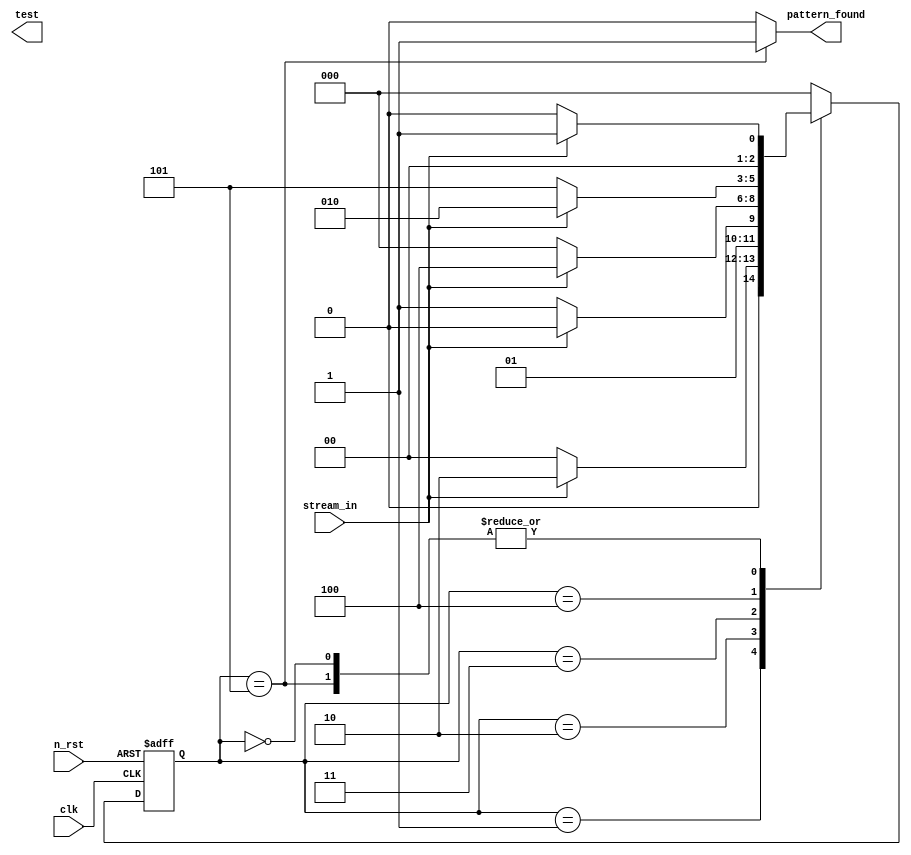
`timescale 1ns / 1ps
//////////////////////////////////////////////////////////////////////////////////
// Company: 
// Engineer: 
// 
// Design Name: 
// Module Name: pattern_detector
// Project Name: 
// Target Devices: 
// Tool Versions: 
// Description: an overlapping pattern detector that detects the sequence 11010
// 
// Dependencies: 
// 
// Revision:
// Revision 0.01 - File Created
// Additional Comments: we have 6 states in total (moore machine requires an extra state for the output)
// 
//////////////////////////////////////////////////////////////////////////////////


module pattern_detector(
        input clk, n_rst,
        input stream_in,
        output reg pattern_found,
        output test 
    );


    localparam state_reg_width = 3;
    localparam [state_reg_width-1: 0]   N = 3'b000, // 1
                                        A = 3'b001, // 11
                                        B = 3'b010, // 11
                                        C = 3'b011, // 110
                                        D = 3'b100, // 1101
                                        E = 3'b101; // 11010
    
    reg [state_reg_width-1: 0 ] current_state, next_state;
    
    // state register
    always @(posedge clk or negedge n_rst) begin
        if(!n_rst) begin
            current_state <= A;
        end
        else begin
            current_state <= next_state;
        end
    end

wire test2;
    // next state & output logic
    always @(*) begin
        // initial values
        next_state = N;
        pattern_found = 0;
        case (current_state)
            
            N: begin 
                // NS logic
                if (stream_in) 
                    next_state = A;
                else 
                    next_state = N;
            end

            A: begin 
                // NS logic
                if (stream_in) 
                    next_state = B;
                else 
                    next_state = N;
            end
                        
            B: begin
                // NS logic
                if (stream_in) 
                    next_state = B;
                else 
                    next_state = C;
            end
                        
            C: begin
                // NS logic
                if (stream_in) 
                    next_state = D;
                else 
                    next_state = N; // 00
            end
                        
            D: begin
                // NS logic
                if (stream_in) 
                    next_state = B; // 11
                else 
                    next_state = E;
            end
                        
            E: begin
                // NS logic
                if (stream_in) 
                    next_state = A;
                else 
                    next_state = N; // 00

                // OP logic
                pattern_found = 1;
            end
        endcase
    end

endmodule